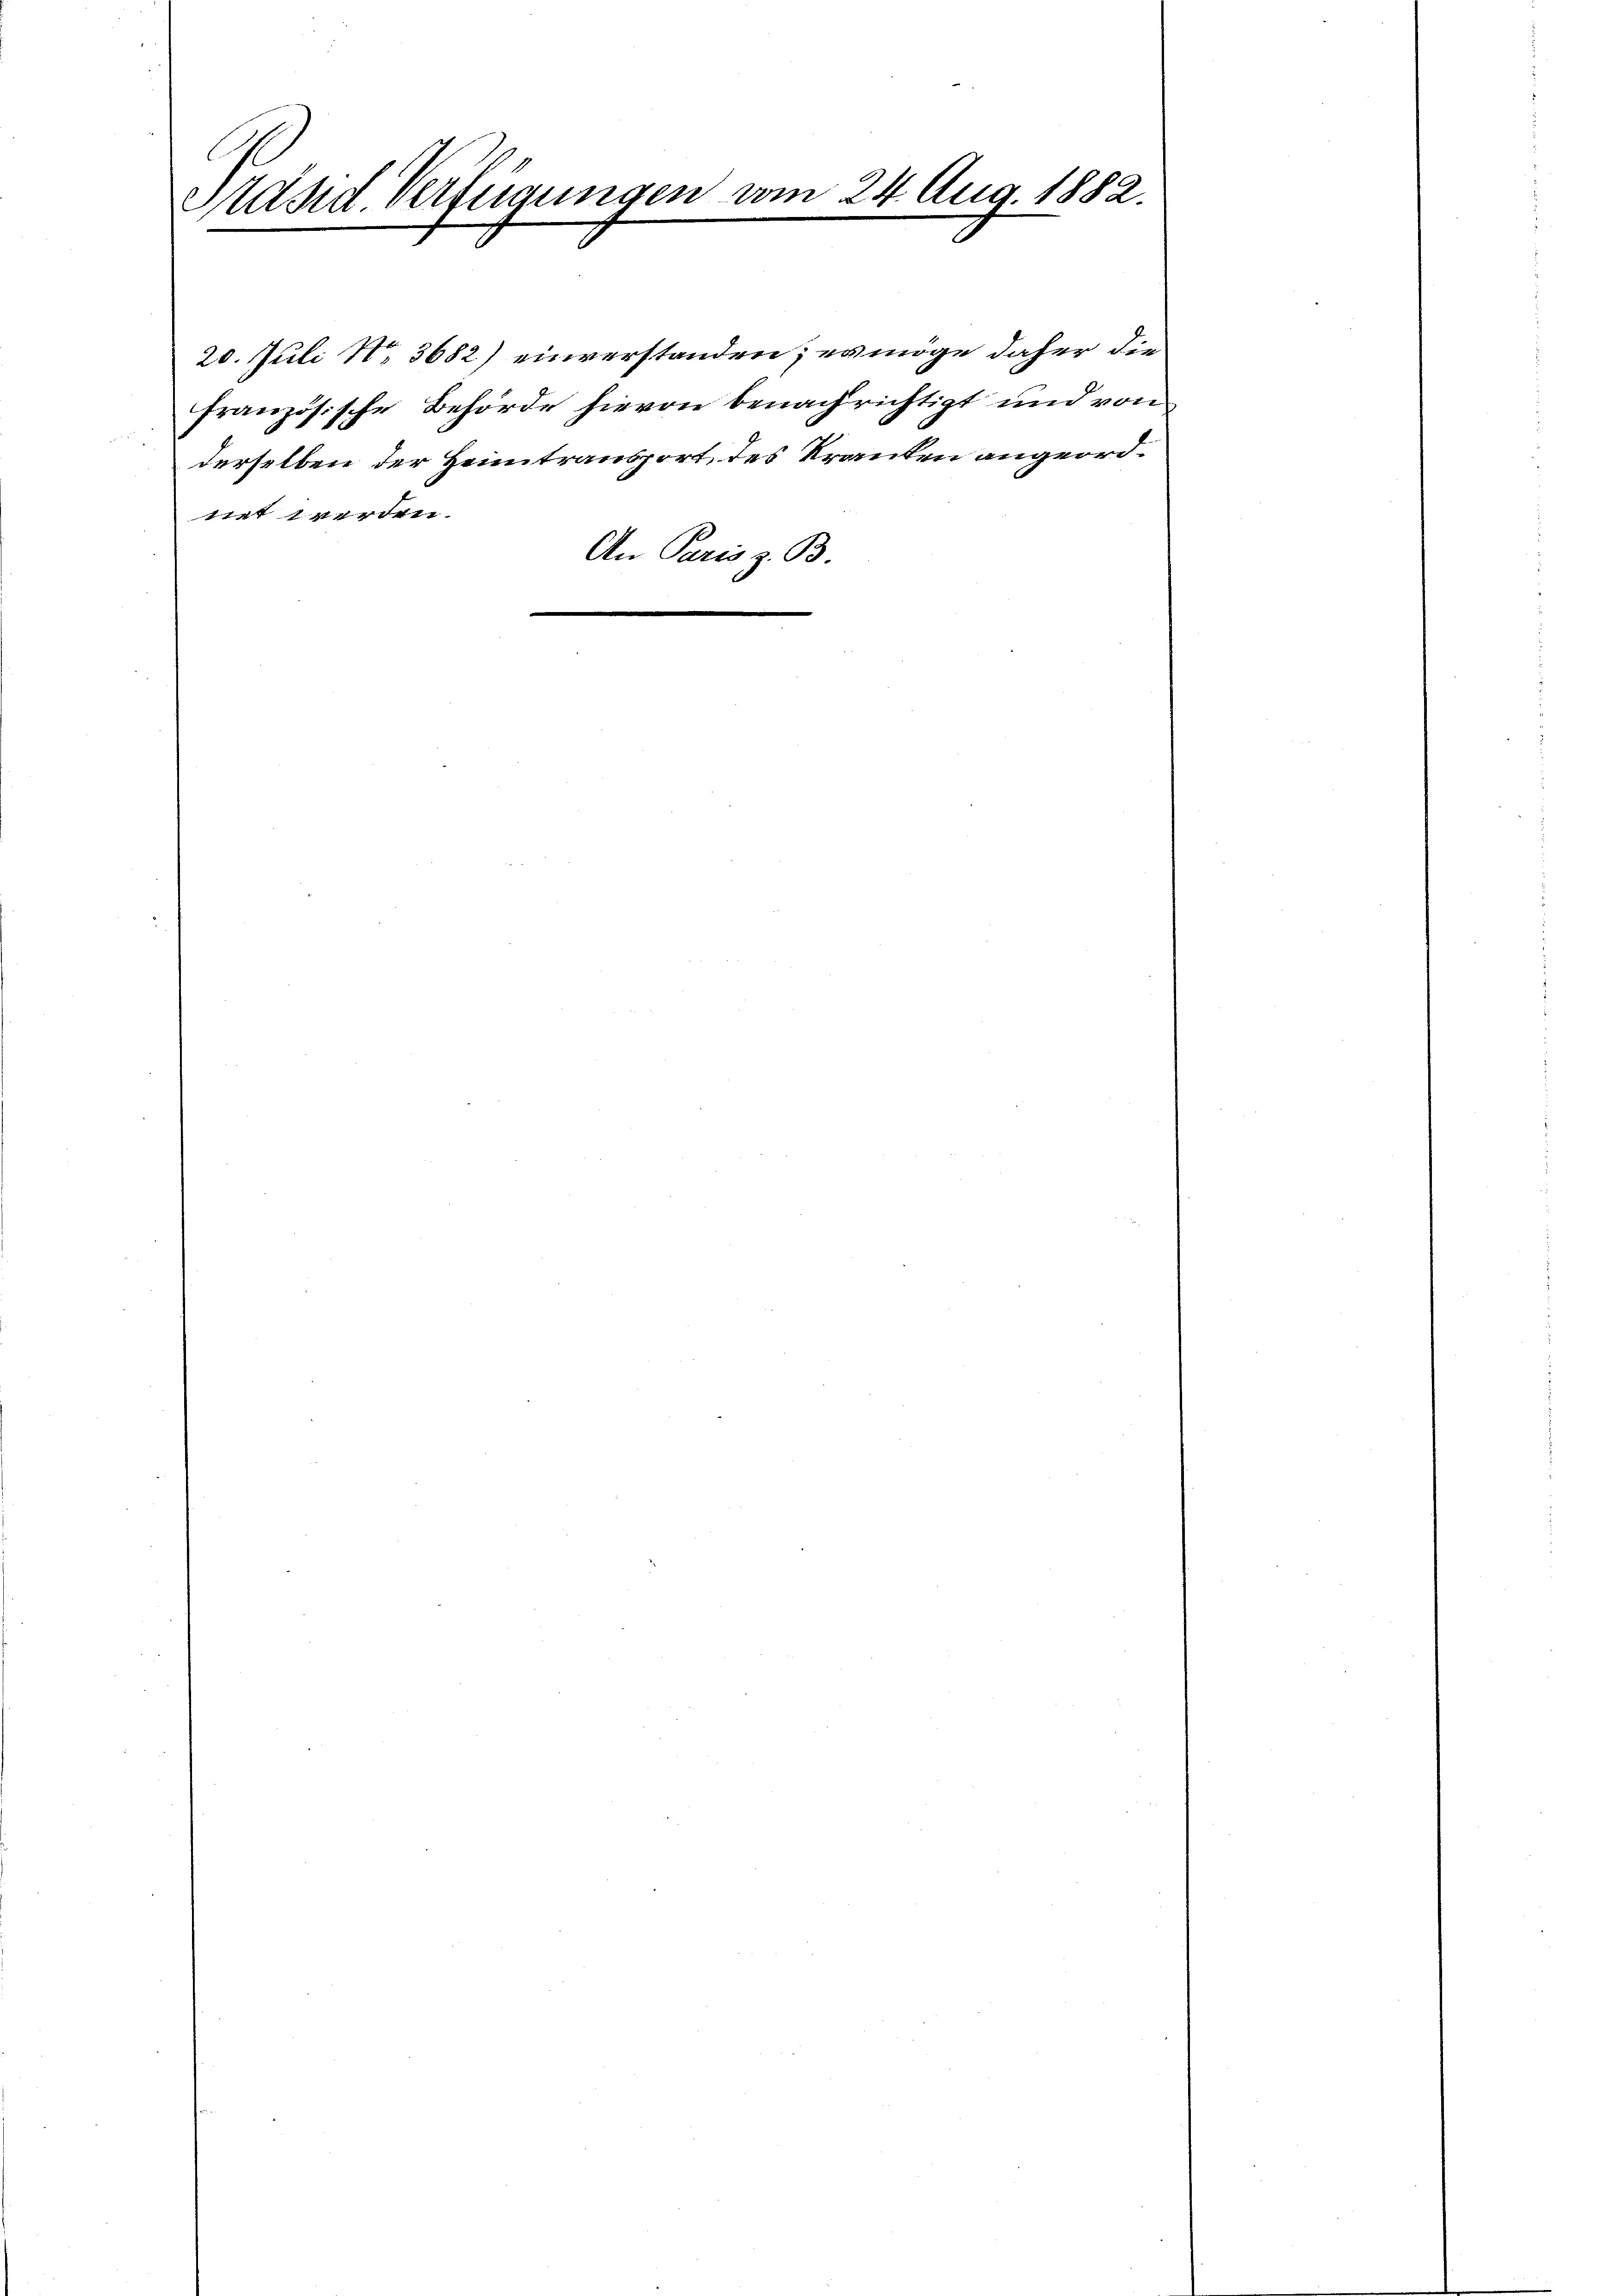
Stand Verfügungen vom 24. Aug. 1882.

20. Juli Nr. 3682) einverstanden; ermöge daher die
französische Behörde hievon benachrichtigt und von
derselben der Heimtransport, des Kranken angeordnet werden.
An Paris z. B.